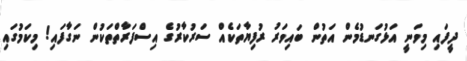
ދީފައި މިވަނީ އަޅުގަނޑުމެން އަތުން ބައިވަރު ރުފިޔާތަކެއް ސަރުކާރުގެ އިސްފަރާތްތަކުން ނަގާފައި! މިކަމުގައި